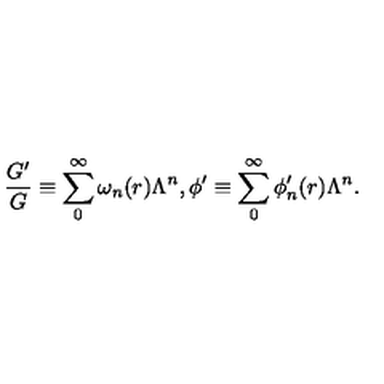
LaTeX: \frac { G ^ { \prime } } { G } \equiv \sum _ { 0 } ^ { \infty } \omega _ { n } ( r ) \Lambda ^ { n } , \phi ^ { \prime } \equiv \sum _ { 0 } ^ { \infty } \phi _ { n } ^ { \prime } ( r ) \Lambda ^ { n } .